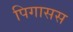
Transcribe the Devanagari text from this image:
पिगासस